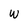
Character: W